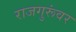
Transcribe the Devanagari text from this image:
राजगुरूंवर